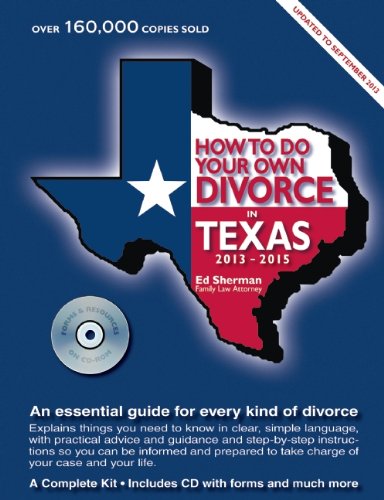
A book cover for How to Do Your Own Divorce in Texas 2013EE2015: An Essential Guide for Every Kind of Divorce; Ed Sherman; Law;